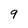
Character: 9